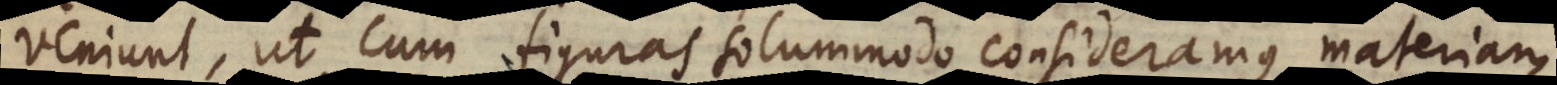
veniunt, ut cum figuras solummodo consideramus, materiam